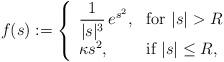
LaTeX: \begin{align*}f(s) :=\left\{\begin{array}{ll} \dfrac{1}{|s|^3}\, e^{s^2}, & \mbox{for} \ |s| > R \\ \kappa s^2, & \mbox{if} \ |s| \leq R,\end{array}\right.\end{align*}